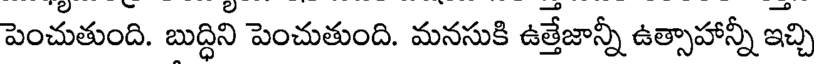
పెంచుతుంది. బుద్ధిని పెంచుతుంది. మనసుకి ఉత్తేజాన్నీ ఉత్సాహాన్నీ ఇచ్చి